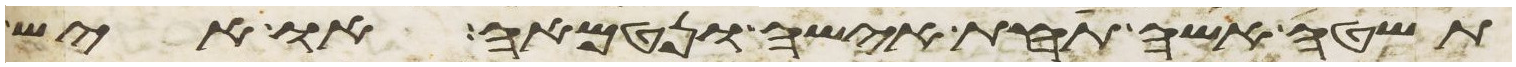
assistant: תשטה אשה תחת אישה ונטמאה או איש